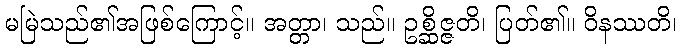
မမြဲသည်၏အဖြစ်ကြောင့်။ အတ္တာ၊ သည်။ ဥစ္ဆိဇ္ဇတိ၊ ပြတ်၏။ ဝိနဿတိ၊